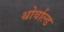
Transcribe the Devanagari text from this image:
थोर्वाल्ड